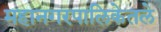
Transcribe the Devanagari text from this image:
महानगरपालिकेतले